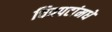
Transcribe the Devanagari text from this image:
चित्रपटांमधे